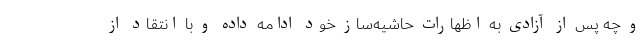
و چه پس از آزادی به اظهارات حاشیه‌ساز خود ادامه داده و با انتقاد از